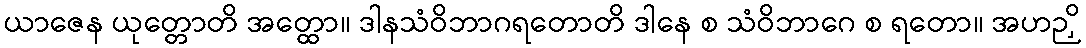
ယာဇေန ယုတ္တောတိ အတ္ထော။ ဒါနသံဝိဘာဂရတောတိ ဒါနေ စ သံဝိဘာဂေ စ ရတော။ အဟဉှိ